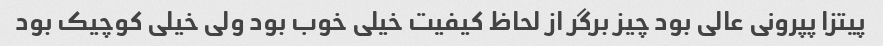
پیتزا پپرونی عالی بود چیز برگر از لحاظ کیفیت خیلی خوب بود ولی خیلی کوچیک بود